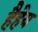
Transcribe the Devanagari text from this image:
हैहेय